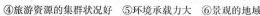
④旅游资源的集群状况好 ⑤环境承载力大 ⑥景观的地域